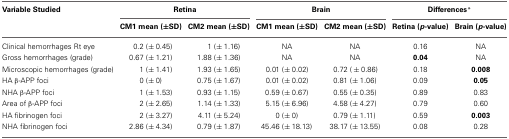
<table><thead><tr><td><b>Variable Studied</b></td><td colspan="2"><b>Retina</b></td><td colspan="2"><b>Brain</b></td><td colspan="2"><b>Differences<sup>*</sup></b></td></tr><tr><td></td><td><b>CM1 mean (±SD)</b></td><td><b>CM2 mean (±SD)</b></td><td><b>CM1 mean (±SD)</b></td><td><b>CM2 mean (±SD)</b></td><td><b>Retina (<i>p</i>-value)</b></td><td><b>Brain (<i>p</i>-value)</b></td></tr></thead><tbody><tr><td>Clinical hemorrhages Rt eye</td><td>0.2 (±0.45)</td><td>1 (±1.16)</td><td>NA</td><td>NA</td><td>0.16</td><td>NA</td></tr><tr><td>Gross hemorrhages (grade)</td><td>0.67 (±1.21)</td><td>1.88 (±1.36)</td><td>NA</td><td>NA</td><td><b>0.04</b></td><td>NA</td></tr><tr><td>Microscopic hemorrhages (grade)</td><td>1 (±1.41)</td><td>1.93 (±1.65)</td><td>0.01 (±0.02)</td><td>0.72 (±0.86)</td><td>0.18</td><td><b>0.008</b></td></tr><tr><td>HA β-APP foci</td><td>0 (±0)</td><td>0.75 (±1.67)</td><td>0.01 (±0.02)</td><td>0.81 (±1.06)</td><td>0.09</td><td><b>0.05</b></td></tr><tr><td>NHA β-APP foci</td><td>1 (±1.53)</td><td>0.93 (±1.15)</td><td>0.59 (±0.67)</td><td>0.55 (±0.35)</td><td>0.89</td><td>0.83</td></tr><tr><td>Area of β-APP foci</td><td>2 (±2.65)</td><td>1.14 (±1.33)</td><td>5.15 (±6.96)</td><td>4.58 (±4.27)</td><td>0.79</td><td>0.60</td></tr><tr><td>HA fibrinogen foci</td><td>2 (±3.27)</td><td>4.11 (±5.24)</td><td>0 (±0)</td><td>0.79 (±1.11)</td><td>0.59</td><td><b>0.003</b></td></tr><tr><td>NHA fibrinogen foci</td><td>2.86 (±4.34)</td><td>0.79 (±1.87)</td><td>45.46 (±18.13)</td><td>38.17 (±13.55)</td><td>0.08</td><td>0.28</td></tr></tbody></table>